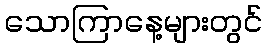
သောကြာနေ့များတွင်